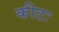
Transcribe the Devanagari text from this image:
कीटः